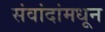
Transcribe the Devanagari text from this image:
संवांदांमधून